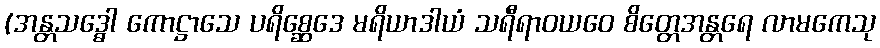
(အန္တသဒ္ဓေါ ကောဋ္ဌာသေ ပရိစ္ဆေဒေ မရိယာဒါယံ သရီရာဝယဝေ စိတ္တေအန္တရေ လာမကေသု